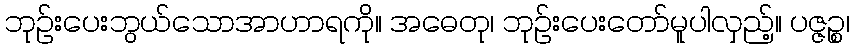
ဘုဉ်းပေးဘွယ်သောအာဟာရကို။ အဓေတု၊ ဘုဉ်းပေးတော်မူပါလှည့်။ ပဇ္ဇဉ္စ၊